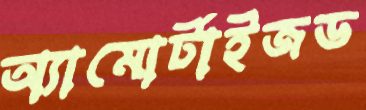
অ্যামোর্টাইজড